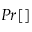
P r [ ]